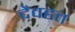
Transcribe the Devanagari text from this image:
दैवहत